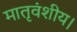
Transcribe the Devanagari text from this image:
मातृवंशीय।